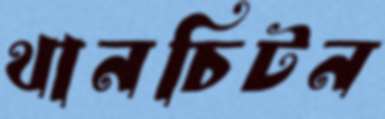
থানচিটন